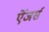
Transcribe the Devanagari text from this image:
ऐंजर्स